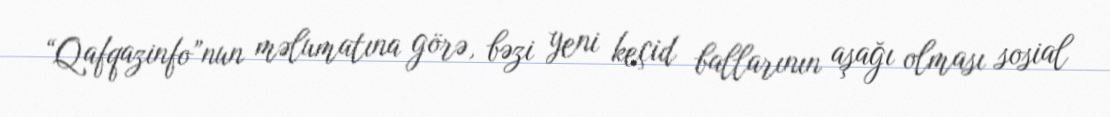
“Qafqazinfo”nun məlumatına görə, bəzi yeni keçid ballarının aşağı olması sosial